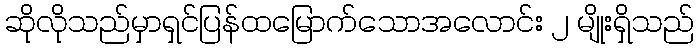
ဆိုလိုသည်မှာရှင်ပြန်ထမြောက်သောအလောင်း ၂ မျိုးရှိသည်